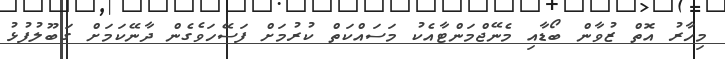
މިހާރު އޮތް ޒުވާން ބޯޑާއި މެނޭޖްމަންޓާއެކު މަސައްކަތް ކުރުމަށް ފަސޭހަވެގެން ދާނޭކަމަށް ގަބޫލުފުޅު